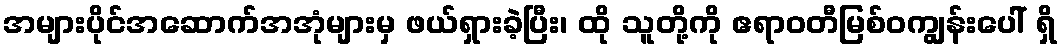
အများပိုင်အဆောက်အအုံများမှ ဖယ်ရှားခဲ့ပြီး၊ ထို သူတို့ကို ဧရာဝတီမြစ်ဝကျွန်းပေါ် ရှိ